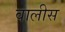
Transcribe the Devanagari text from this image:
वालीस